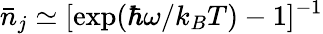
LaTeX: \bar{n}_{j}\simeq[\mathrm{exp}(\hbar\omega/k_{B}T)-1]^{-1}